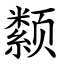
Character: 颣